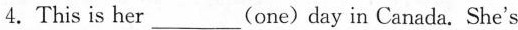
4.This is her ___ (one) day in Canada. She's